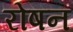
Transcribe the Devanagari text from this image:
रोषन